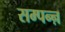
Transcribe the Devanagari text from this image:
सम्पन्ऩ